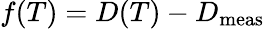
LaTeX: f(T)=D(T)-D_{\mathrm{meas}}